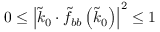
0 \leq \left| \tilde { k } _ { 0 } \cdot \tilde { f } _ { b b } \left( \tilde { k } _ { 0 } \right) \right| ^ { 2 } \leq 1